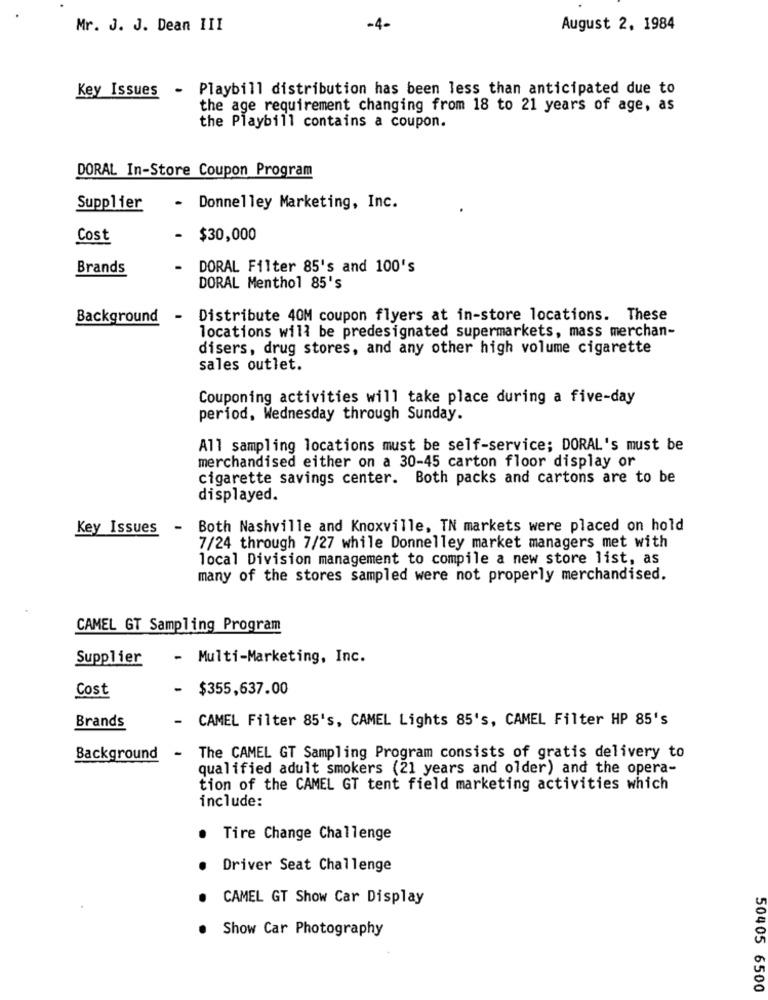
Mr. J. J. Dean III
-4-
August 2, 1984
Key Issues - Playbill distribution has been less than anticipated due to
the age requirement changing from 18 to 21 years of age, as
the Playbill contains a coupon.
DORAL In-Store Coupon Program
Supplier
- Donnelley Marketing, Inc.
Cost
- $30,000
Brands
DORAL Filter 85's and 100's
DORAL Menthol 85's
Background
- Distribute 40M coupon flyers at in-store locations. These
locations will be predesignated supermarkets, mass merchan-
disers, drug stores, and any other high volume cigarette
sales outlet.
Couponing activities will take place during a five-day
period, Wednesday through Sunday.
All sampling locations must be self-service; DORAL's must be
merchandised either on a 30-45 carton floor display or
cigarette savings center. Both packs and cartons are to be
displayed.
Key Issues - Both Nashville and Knoxville, TN markets were placed on hold
7/24 through 7/27 while Donnelley market managers met with
local Division management to compile a new store list, as
many of the stores sampled were not properly merchandised.
CAMEL GT Sampling Program
Supplier
- Multi-Marketing, Inc.
Cost
-
$355,637.00
Brands
-
CAMEL Filter 85's, CAMEL Lights 85's, CAMEL Filter HP 85's
Background
-
The CAMEL GT Sampling Program consists of gratis delivery to
qualified adult smokers (21 years and older) and the opera-
tion of the CAMEL GT tent field marketing activities which
include:
Tire Change Challenge
Driver Seat Challenge
CAMEL GT Show Car Display
Show Car Photography
50405 6500